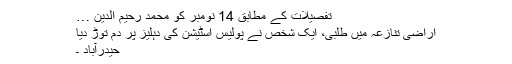
تفصیلات کے مطابق 14 نومبر کو محمد رحیم الدین …
اراضی تنازعہ میں طلبی، ایک شخص نے پولیس اسٹیشن کی دہلیز پر دم توڑ دیا
حیدرآباد ۔